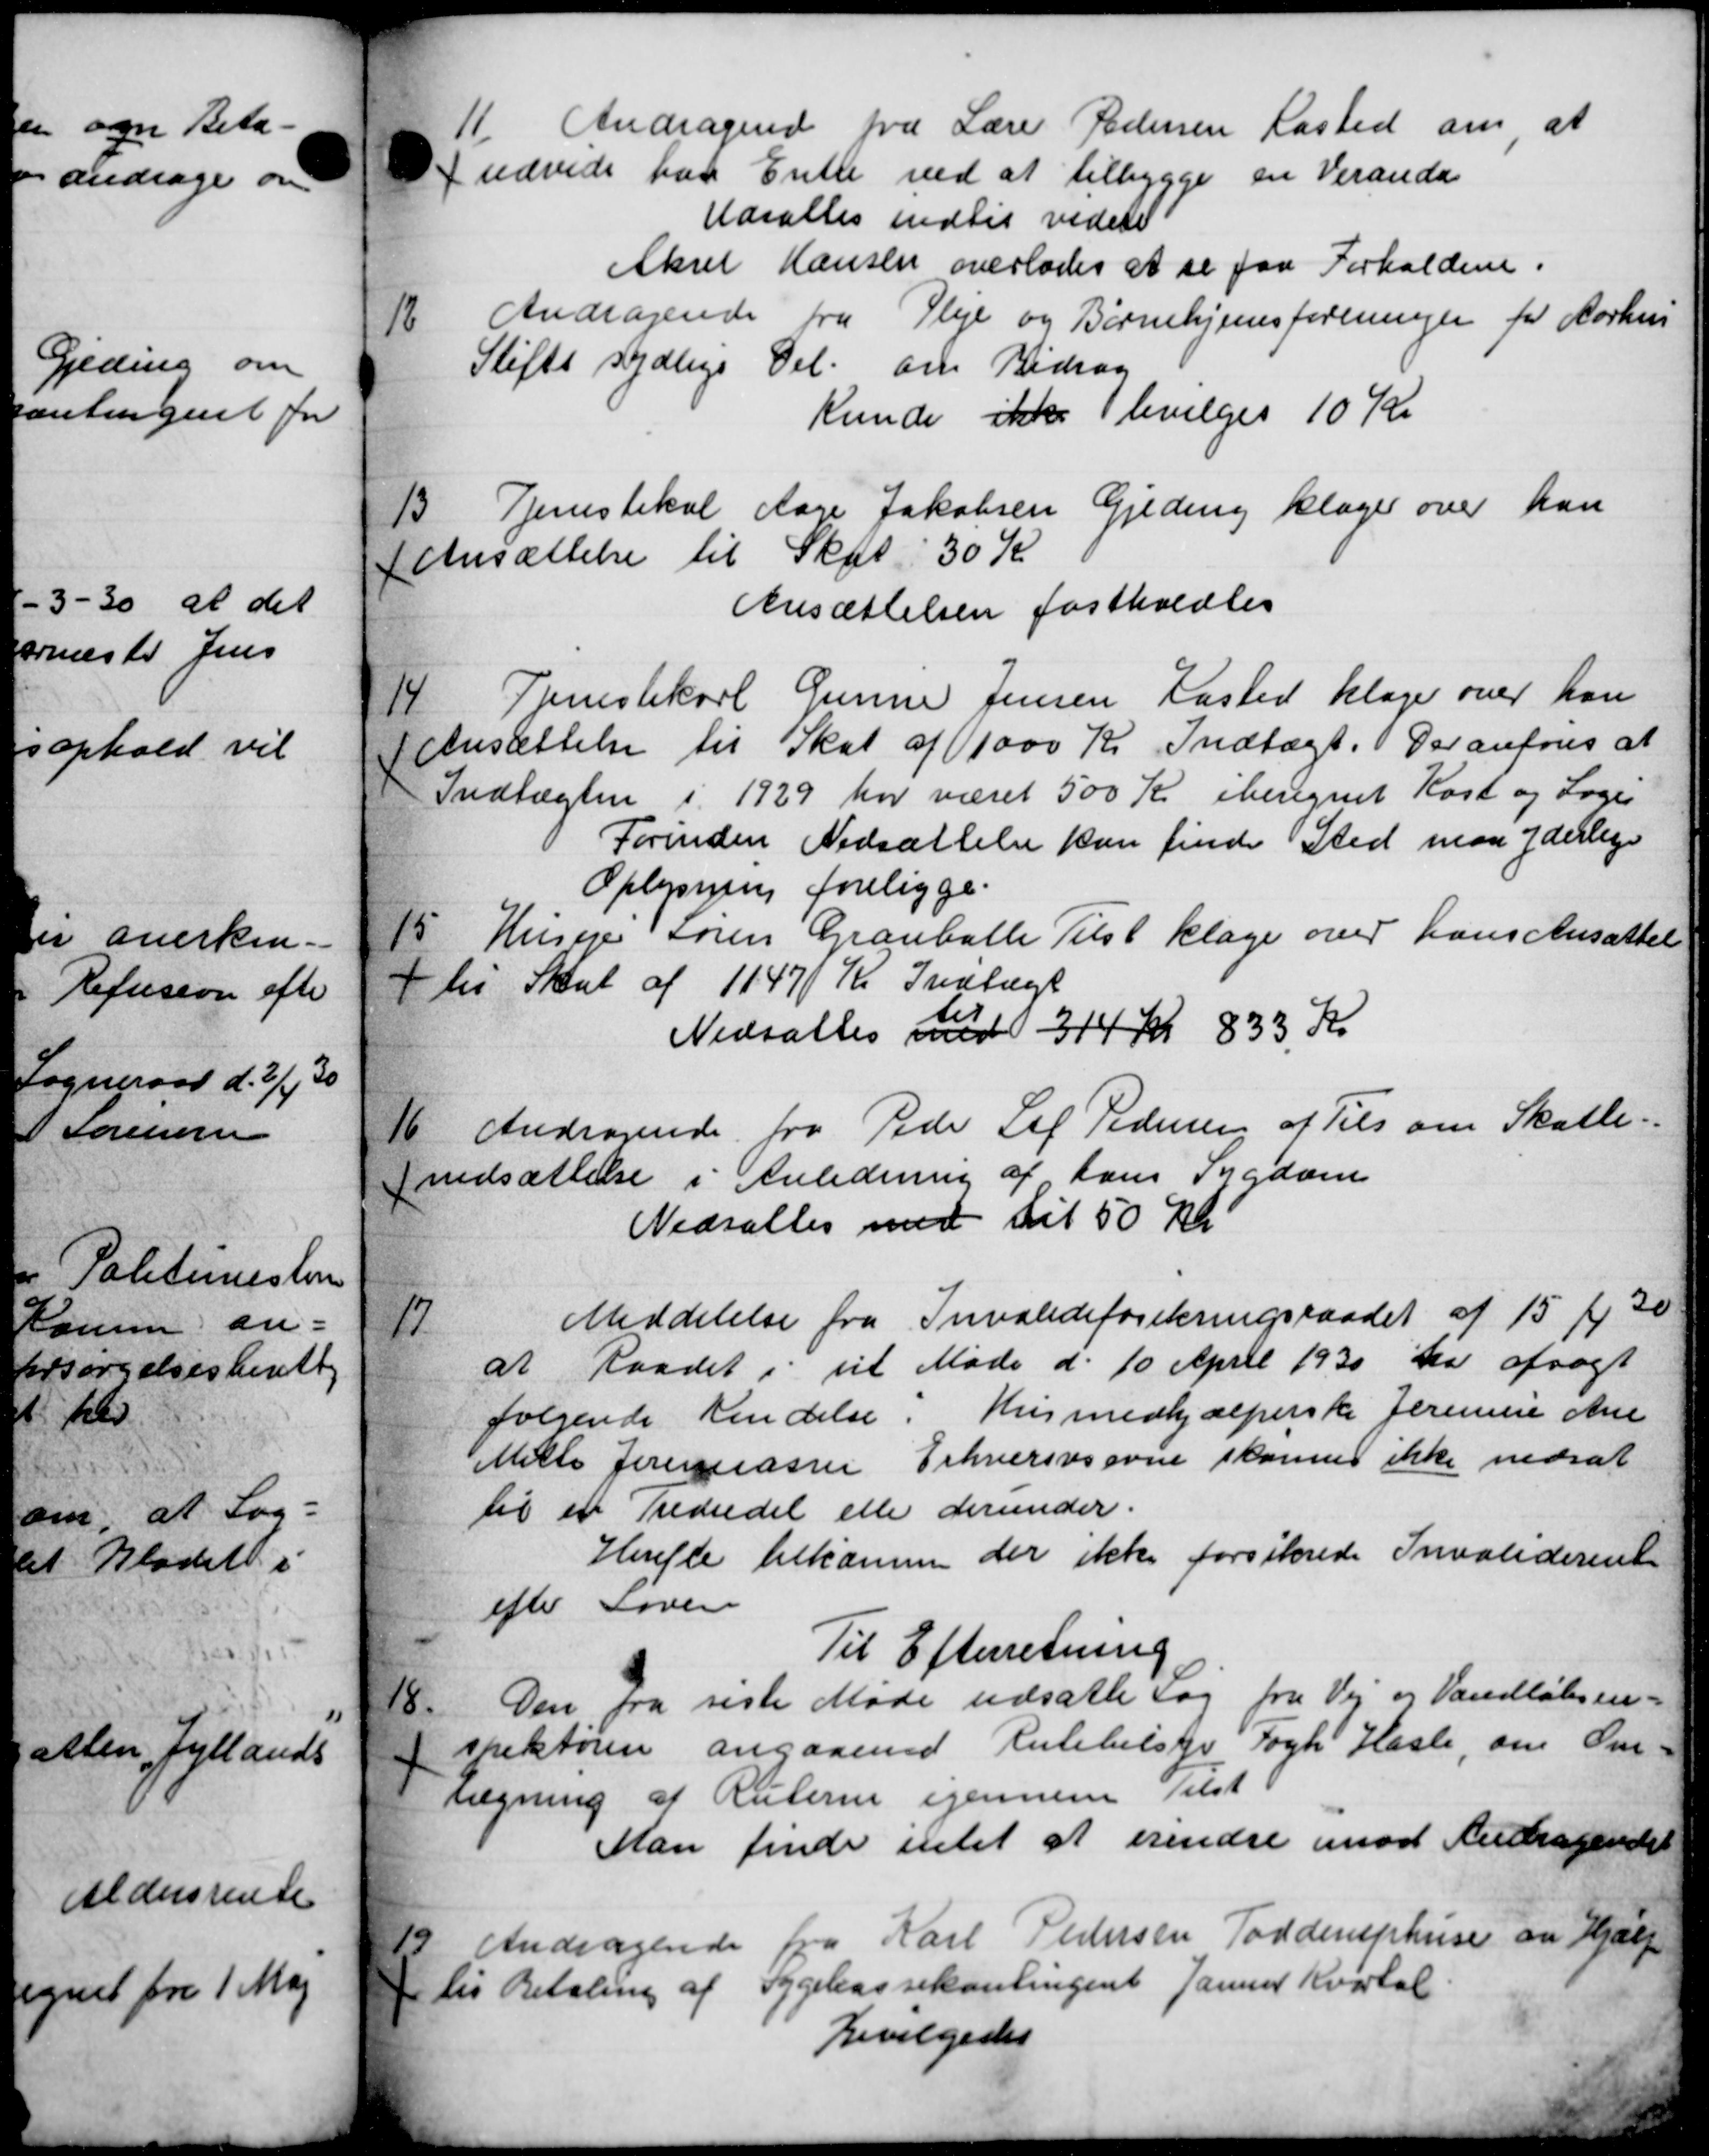
Transskription:
11. Andragende fra Lærer Pedersen Kasted om at
udvide par Enke ved at tilbygge en Veranda
Udsattes indtil videre
Aksel Hansen overlodes at se paa Forholdene.
12.
Andragende fra Pleje og Børnehjemsforeninger for Aarhus
Stifts sydlige Del om Bidrag
Kunde ikke bevilges 10 Kr
13
Tjenestekal Aage Jakobsen Gjeding klager over kan
Ansættelse til Skat 30 Kr
Ansættelsen fastholdtes
14.
Tjenestekarl Gunne Jensen Kasted klage over han
 Ansættelse til Skat af 1000 Kr. Indtægt. Der anføres at
Indtægten i 1929 har været 500 Kr iberegnet Kost og Loges
Forinden Nedsættelse kan finde Sted maa yderlige
Oplysning foreligge.
15
Husejer Søren Granballe Tilst klage over hans Ansættelse
 til Skat af 1147 Kr Indtægt
Nedsattes med 314 Kr 833 Kr
te
Nedsattes med 314 Kr 833 Kr
16.
Andragende fra Pede Sof Pedersen af Tils om Skatte-
nedsættelse i Anledning af hans Sygdom
Nedsattes med til 50 Kr.
17.
Meddelelse fra Invalideforsikringsraadet af 15 f 30
at Raadet i sit Møde d. 10 April 1930 da afsagt
følgende Kendelse. Husmedhjælperske Jermine Ane
Mette Jeremassen Erhvervsevne skønner ikke nedsat
til en Trediedel eller derunder.
Herefle tilkommen der ikke forsikrede Invaliderente
efter Loven
Til Efterretning
18.
Den fra siste Møde udsatte Sag fra Vej og Vandløben-
spektøren angaaende Rutebilskr Fogh Hasle om Om-
tægning af Ruterne igennem Tilst
Man finde intet at erindre imod Andragendet
1 Andragende fra Karl Pedersen Toddenphuse om Hjælp
 til Betaling af Sygekassekontingent Januar Kvartal
Bevilgedes